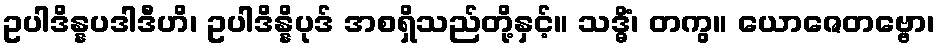
ဥပါဒိန္နပဒါဒီဟိ၊ ဥပါဒိန္နိပုဒ် အစရှိသည်တို့နှင့်။ သဒ္ဓိံ၊ တကွ။ ယောဇေတဗ္ဗော၊